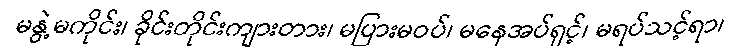
မနွဲ့မကိုင်း၊ ခိုင်းတိုင်းကျားတား၊ မပြားမဝပ်၊ မနေအပ်ရှင့်၊ မရပ်သင့်ရာ၊